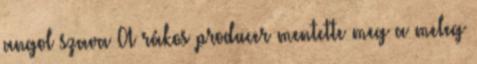
angol szava A rákos producer mentette meg a meleg